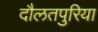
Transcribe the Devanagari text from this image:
दौलतपुरिया